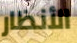
الأنظار